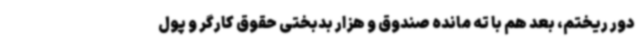
دور ریختم، بعد هم با ته مانده صندوق و هزار بدبختی حقوق کارگر و پول